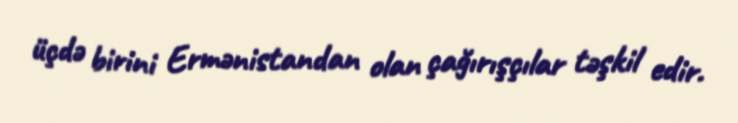
üçdə birini Ermənistandan olan çağırışçılar təşkil edir.